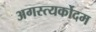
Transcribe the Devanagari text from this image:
अगस्त्यर्कोदम